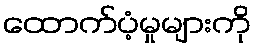
ထောက်ပံ့မှုများကို